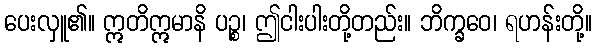
ပေးလှူ၏။ ဣတိဣမာနိ ပဉ္စ၊ ဤငါးပါးတို့တည်း။ ဘိက္ခဝေ၊ ရဟန်းတို့။